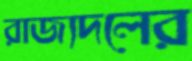
রাজ্যদলের